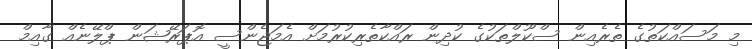
މި މަސައްކަތުގެ ތެރެއިން ސްކޫލްތަކުގެ ކުދިން ރައްކާތެރިކުރުމަށް އެމަޖެންސީ އޮޕަރޭޝަން ޕްލޭނެއް ގާއިމް